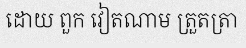
ដោយ ពួក វៀតណាម ត្រួតត្រា